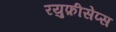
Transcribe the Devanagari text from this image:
रयुफ़ीसेप्स